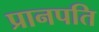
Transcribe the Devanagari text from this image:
प्रानपति